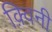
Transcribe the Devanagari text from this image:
क़्विनी